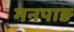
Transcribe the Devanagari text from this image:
मनपाङ